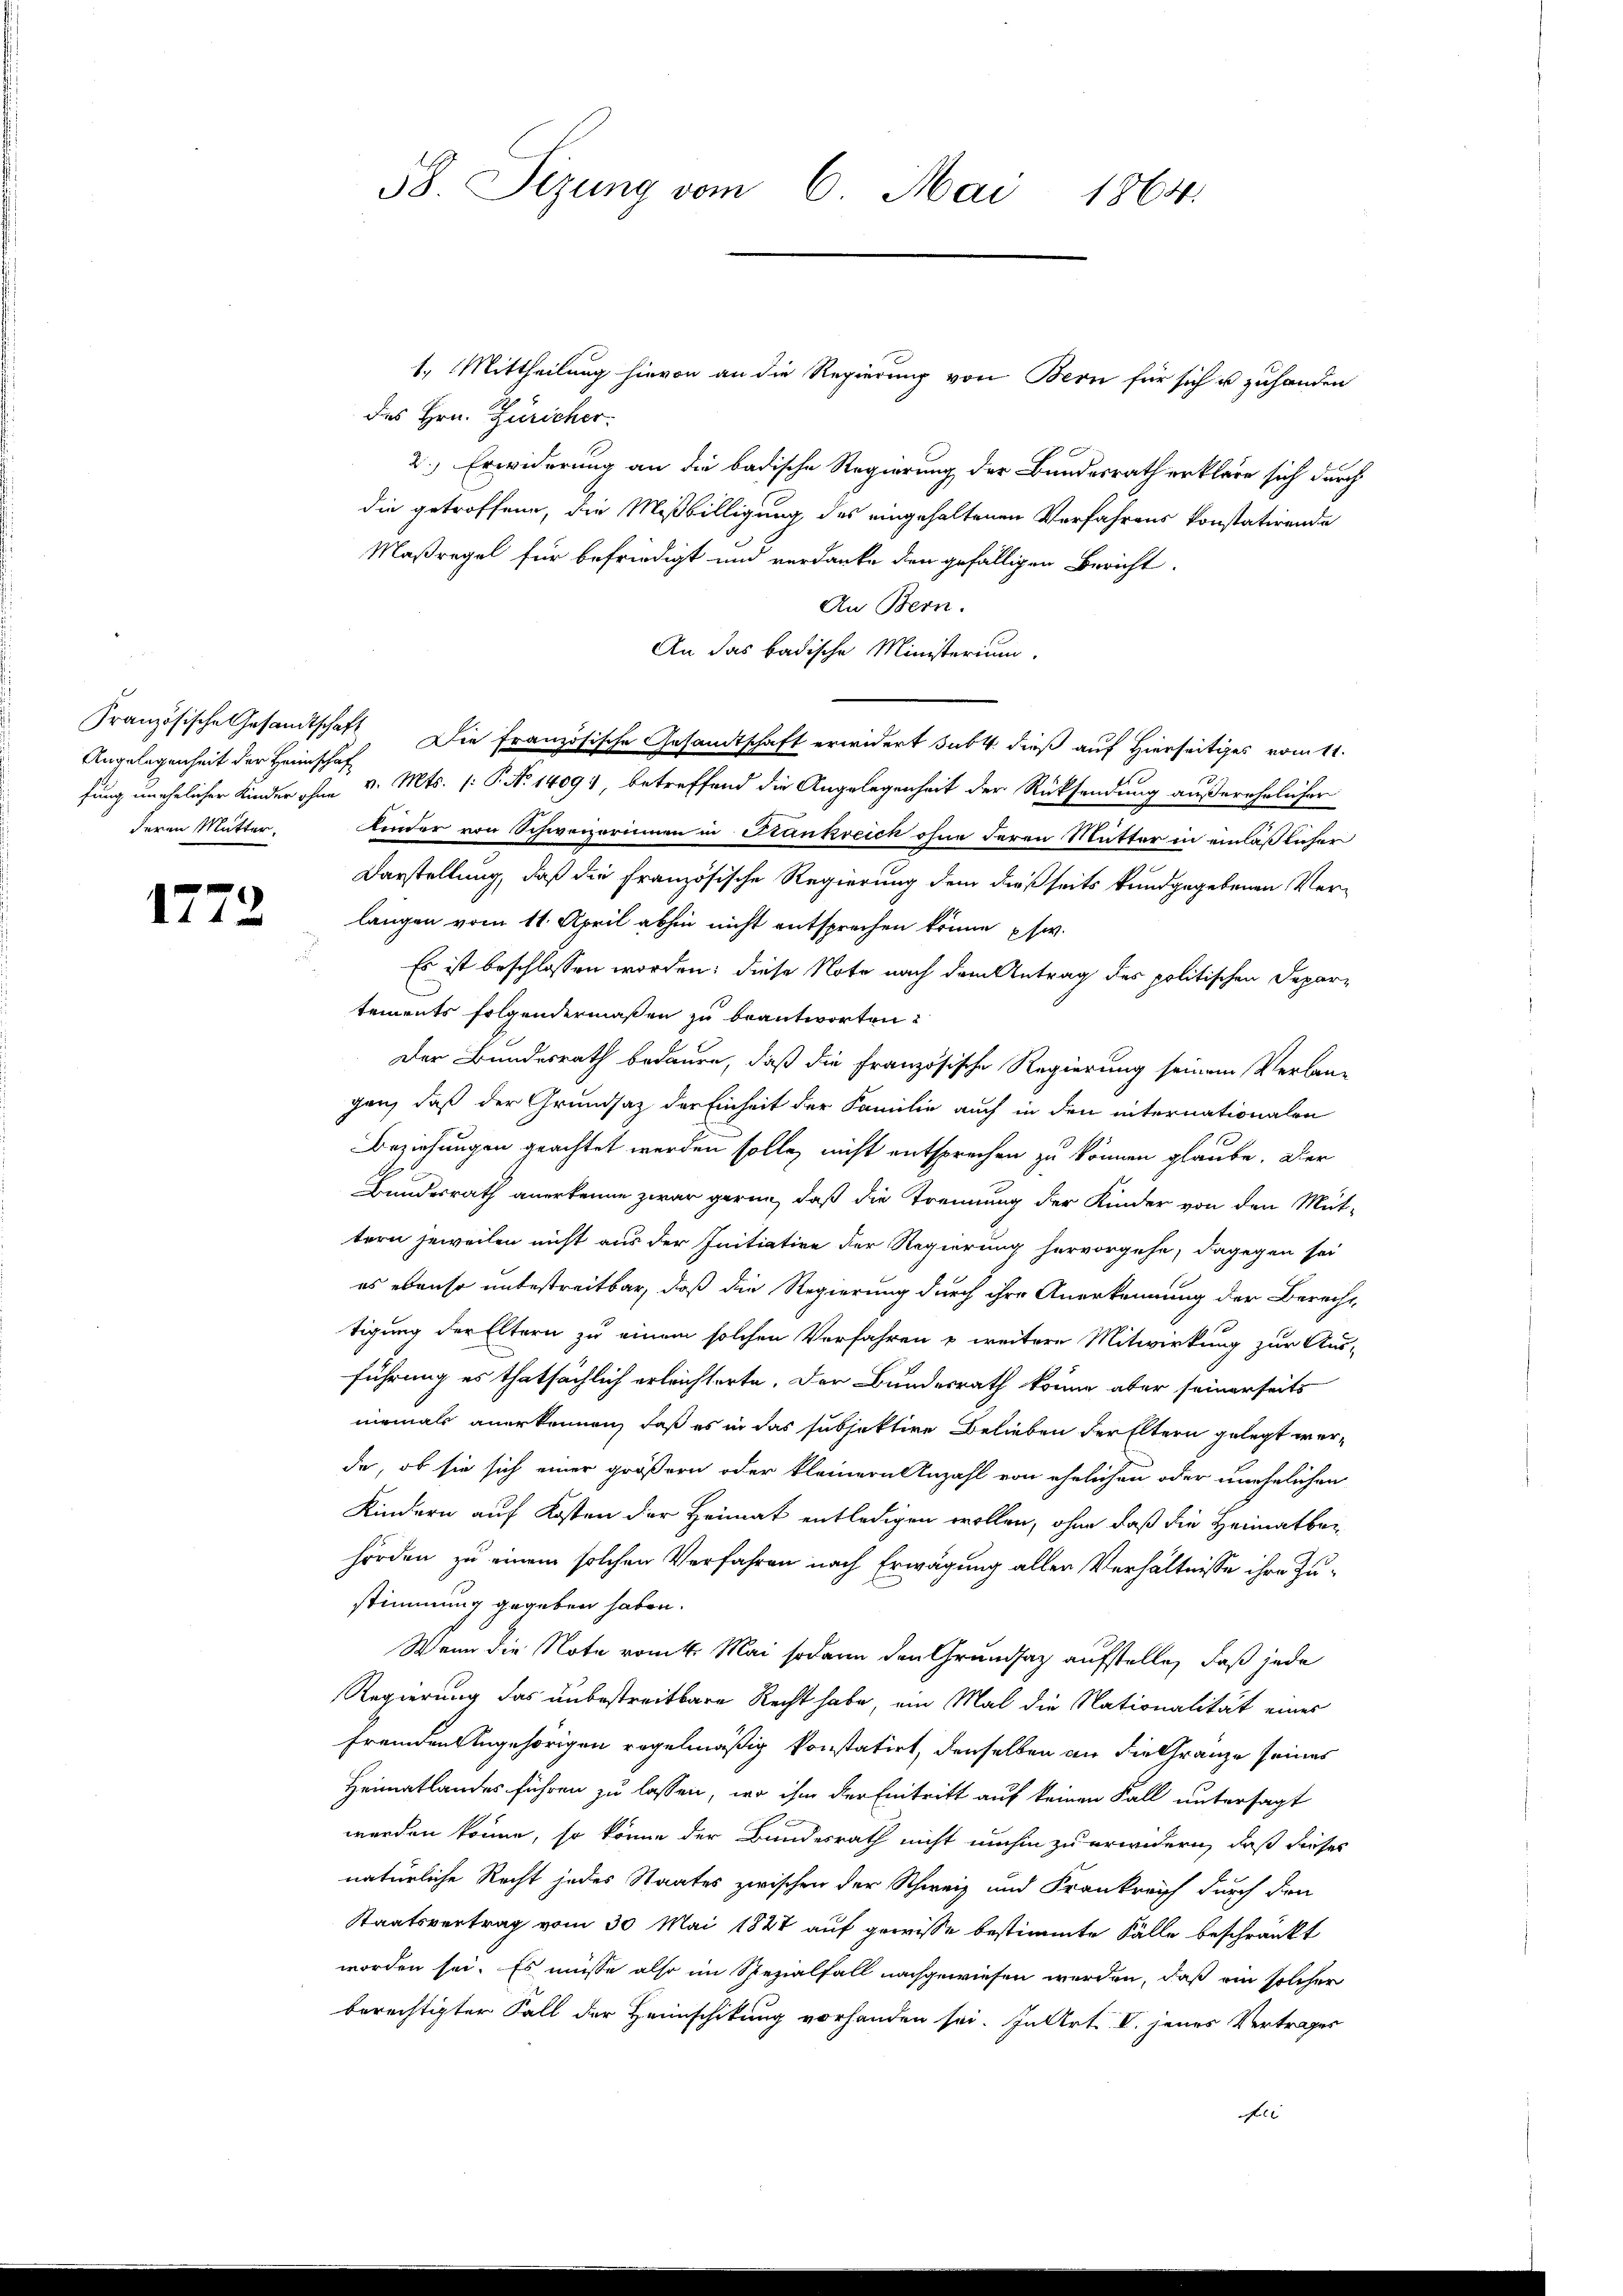
fung unehelicher Kinder ohne

111

1.) Mittheilung hievon an die Regierung von Bern für sich u zuhanden
des Hrn. Züricher.
2.) Erwiderung an die badische Regierung der Bundesrath erkläre sich durch
die getroffene, die Mißbilligung des eingehaltenen Verfahrens konstatirende
Maßregel für befriedigt und verdanke den gefälligen Bericht
An Bern.
An das badische Ministerium.
Französische Gesandtschaft Die Französische Gesandtschaft erwidert sub 4. dieß auf Hierseitiges vom 11.
Angelegenheit der Heimsche Mts. (: P. No 14091, betreffend die Angelegenheit der Rücksendung außerehelicher
deren Mutter. Kinder von Schweizerinnen in Krankreich ohne deren Mutter in einläßlicher
Darstellung, daß die Französische Regierung dem dießseits kundgegebenen Verlangen vom 11. April abhin nicht entsprechen könne usw.
Es ist beschlossen worden: diese Note nach dem Antrag des politischen Departements folgendermaßen zu beantworten
Der Bundesrath bedaure, daß die Französische Regierung seinem Verlan-
gan, daß der Grundsatz der Einheit der Familie auch in den internationalen
Beziehungen geachtet werden solle, nicht entsprechen zu können glaube. Der
Bundesrath anerkenne zwar gerne, daß die Trennung der Kinder von den Mut-
tern jeweilen nicht aus der Initiative der Regierung hervorgehe; dagegen sei
es ebenso unbestreitbar, daß die Regierung durch ihre Anerkennung der Berecht
tigung der Eltern zu einem solchen Verfahren u weitere Mitwirkung zur Aus-
führung es thatsächlich erleichterte. Der Bundesrath könne aber seinerseits
niemals anerkennen, daß es in das subjektive Belieben der Eltern gelegt werde, ob sie sich einer größern oder kleiner Anzahl von ehelichen oder unehelichen
Kindern auf Kosten der Heimat entledigen wollen, ohne daß die Heimatber
hörden zu einem solchen Verfahren nach Erwägung aller Verhältnisse ihre Zustimmung gegeben haben.
Wenn die Note vom 4. Mai sodann den Grundsatz aufstelle, daß jede
Regierung das unbestreitbare Recht habe, ein Mal die Nationalität eines
fremden Angehörigen regelmäßig konstatirt, denselben an die Gränze seines
Heimatlandes führen zu lassen, wo ihm der Eintritt auf keinen Fall untersagt
werden könne, so könne der Bundesrath nicht umhin zu erwidern, daß dieses
natürliche Recht jedes Staates zwischen der Schweiz und Frankreich durch den
Staatsvertrag vom 30 Mai 1827 auf gewisse bestimmte Fälle beschränkt
worden sei. Es müsse also im Spezialfall nachgewiesen werden, daß ein solcher
berechtigter Fall der Heimschikung vorhanden sei. In Art. V. jenes Vertrages
Fei

58. Sizung vom 6. Mai 1864.